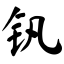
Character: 钒